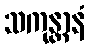
သကုန္တာနံ